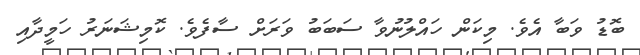
ބޮޑު ވަބާ އެވެ. މިކަން ހައްލުނުވާ ސަބަބު ވަރަށް ސާފެވެ. ކޮމިޝަނަރު ހަމީދާއި